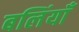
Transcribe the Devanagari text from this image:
बलिंयाँ